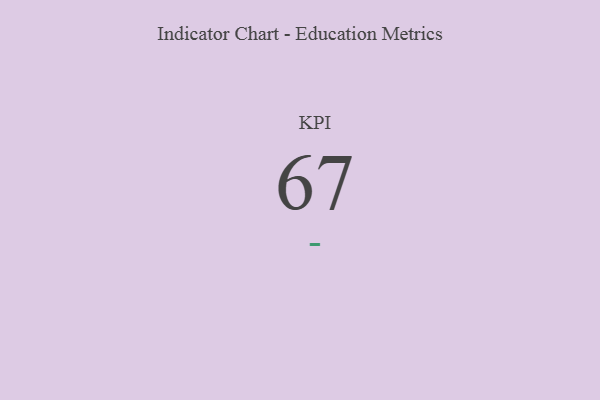
{"axis": {"x": "KPI", "y": "Value"}, "legend": [""], "data": [{"x": "KPI", "y": 67, "type": ""}]}